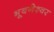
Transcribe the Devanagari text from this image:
भूबनेश्वर